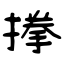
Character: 搼